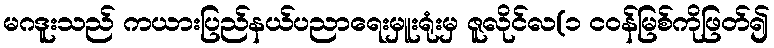
မဂဒူးသည် ကယားပြည်နယ်ပညာရေးမှူးရုံးမှ ဇူလိုင်လ(၁ ငဝန်မြစ်ကိုဖြတ်၍